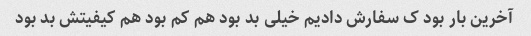
آخرین بار بود ک سفارش دادیم خیلی بد بود هم کم بود هم کیفیتش بد بود